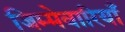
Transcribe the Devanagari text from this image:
जिम्मेवारियाँ